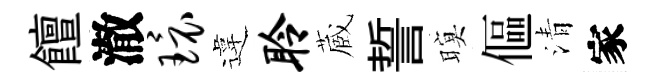
饘澈环違聆蔵誓暝傴清家